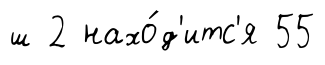
ш 2 нахо́д'итс'я 55